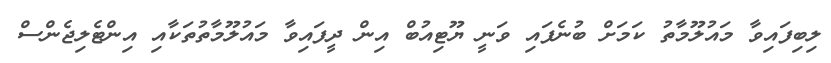
ލިބިފައިވާ މައުލޫމާތު ކަމަށް ބުނެފައި ވަނީ ޔޫޓިއުބް އިން ދީފައިވާ މައުލޫމާތުތަކާއި އިންޓެލިޖެންސް